Scottish Certificate of Education, 1962
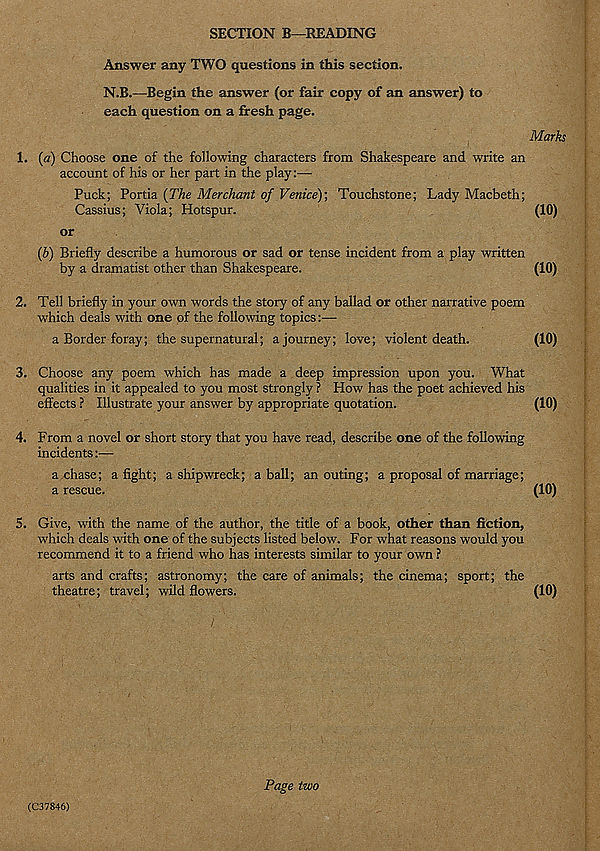
SECTION B—READING
Answer any TWO questions in this section.
N.B.—Begin the answer (or fair copy of an answer) to
each question on a fresh page.
Marks
1. (a) Choose one of the following characters from Shakespeare and write an
account of his or her part in the play:—
Puck; Portia {The Merchant of Venice); Touchstone; Lady Macbeth;
Cassius; Viola; Hotspur.
(10)
or
(b) Briefly describe a humorous or sad or tense incident from a play written
by a dramatist other than Shakespeare.
(10)
2. Tell briefly in your own words the story of any ballad or other narrative poem
which deals with one of the following topics:—
a Border foray; the supernatural; a journey; love; violent death.
(10)
3. Choose any poem which has made a deep impression upon you. What
qualities in it appealed to you most strongly ? How has the poet achieved his
effects ? Illustrate your answer by appropriate quotation.
(10)
4. From a novel or short story that you have read, describe one of the following
incidents:—
a chase; a fight; a shipwreck; a ball; an outing; a proposal of marriage;
a rescue.
(10)
5. Give, with the name of the author, the title of a book, other than fiction,
which deals with one of the subjects listed below. For what reasons would you
recommend it to a friend who has interests similar to your own ?
arts and crafts; astronomy; the care of animals; the cinema; sport; the
theatre; travel; wild flowers.
(10)
(C37846)
Page two